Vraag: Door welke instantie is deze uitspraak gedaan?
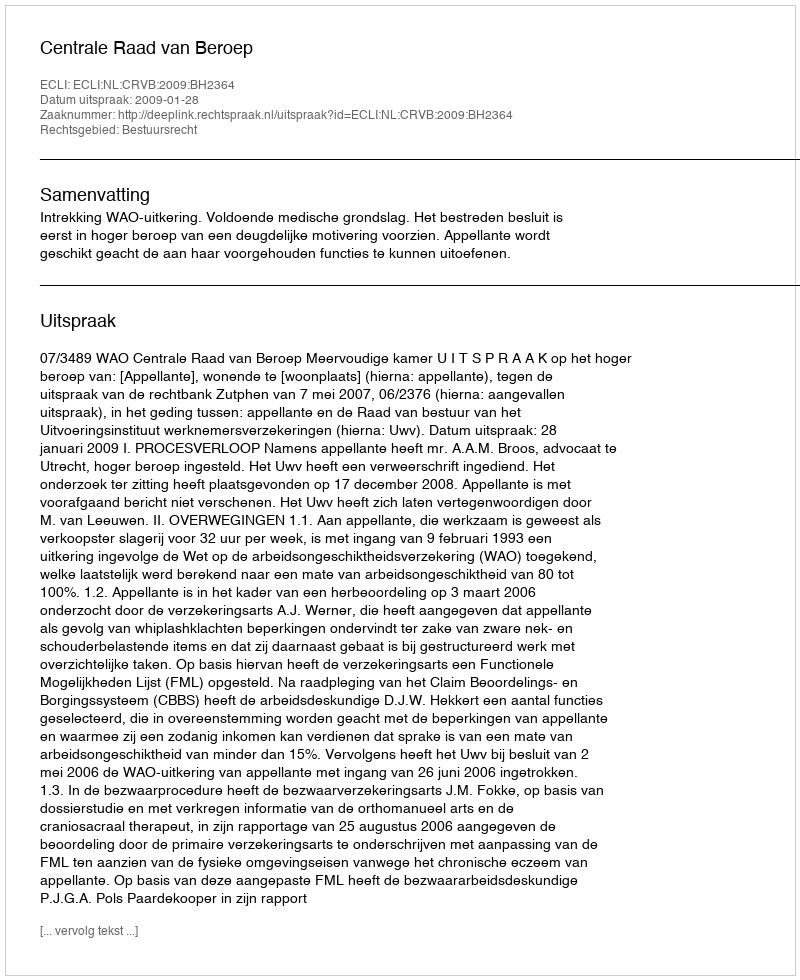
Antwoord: Centrale Raad van Beroep